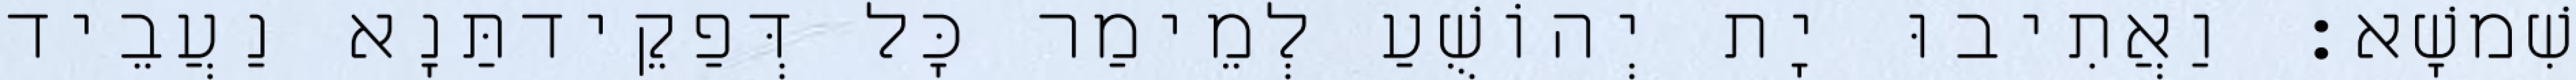
שִׁמשָׁא׃ וַאֲתִיבוּ יָת יְהוֹשֻׁעַ לְמֵימַר כָּל דְּפַקֵידתַּנָא נַעֲבֵיד